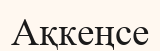
Ақкеңсе